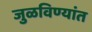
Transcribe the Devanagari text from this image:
जुळविण्यांत